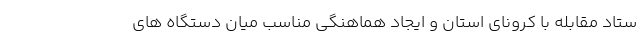
ستاد مقابله با کرونای استان و ایجاد هماهنگی مناسب میان دستگاه های